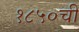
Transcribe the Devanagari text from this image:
१८५०ची